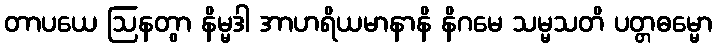
တာပယေ ဩနတွာ နိမ္မဒါ အာဟရိယမာနာနိ နိဂမေ သမ္မသတိ ပတ္တဓမ္မော